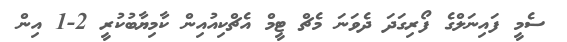
ސެމީ ފައިނަލްގެ ފޯރިގަދަ ދެވަނަ މެޗް ޓީމް އެޗްކިއުއިން ކާމިޔާބުކުރީ 2-1 އިން